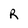
Character: R